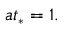
a t _ { * } = 1 .